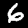
Digit: 6